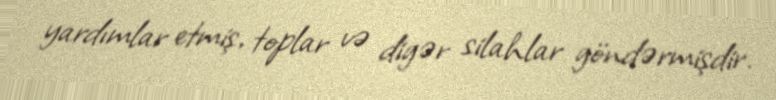
yardımlar etmiş, toplar və digər silahlar göndərmişdir.